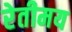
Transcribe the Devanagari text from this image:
रेतीमय